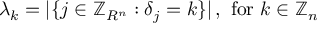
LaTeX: \lambda _ { k } = | \{ j \in \mathbb { Z } _ { R ^ { n } } : \delta _ { j } = k \} | \, , { \mathrm { ~ f o r ~ } } k \in \mathbb { Z } _ { n }